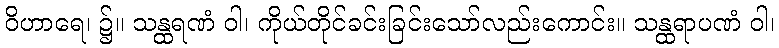
ဝိဟာရေ၊ ၌။ သန္ထရဏံ ဝါ၊ ကိုယ်တိုင်ခင်းခြင်းသော်လည်းကောင်း။ သန္ထရာပဏံ ဝါ၊